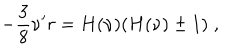
LaTeX: - \frac { 3 } { 8 } \nu ^ { \prime } r = H ( \nu ) ( H ( \nu ) \pm 1 ) \; ,